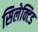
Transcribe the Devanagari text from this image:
सिलेक्टिड